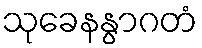
သုခေနနွာဂတံ